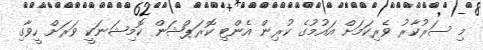
މި ސަރުކާރު ވެރިކަމަށް އައުމުގެ ކުރިން އެންޓި ކޮރަޕްޝަން ކޮމިޝަނަކީ ވަރަށް ހީވާގި